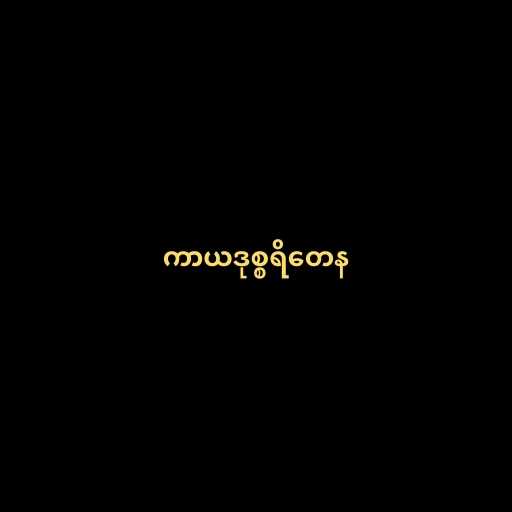
ကာယဒုစ္စရိတေန